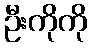
ဦးကိုကို